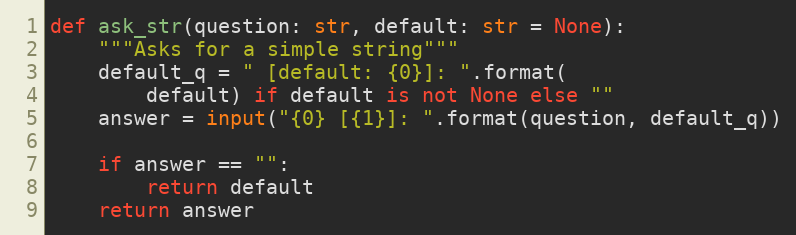
Language: Python
def ask_str(question: str, default: str = None):
    """Asks for a simple string"""
    default_q = " [default: {0}]: ".format(
        default) if default is not None else ""
    answer = input("{0} [{1}]: ".format(question, default_q))

    if answer == "":
        return default
    return answer